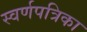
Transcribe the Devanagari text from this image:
स्वर्णपत्रिका